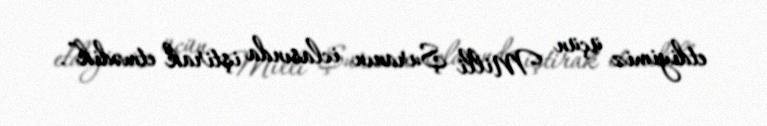
etdiyimiz üçün Milli Şuranın iclasında iştirak etmədik”.